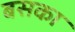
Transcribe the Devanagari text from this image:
बसका